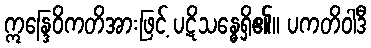
ဣန္ဒြေဝိကတိအားဖြင့် ပဋိသန္ဓေရှိ၏။ ပကတိဝါဒီ